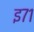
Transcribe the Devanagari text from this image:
इ७१